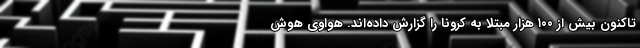
تاکنون بیش از ۱۰۰ هزار مبتلا به کرونا را گزارش داده‌اند. هواوی هوش